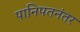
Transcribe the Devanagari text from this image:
पानिपतनंतर